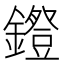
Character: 𨭕